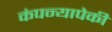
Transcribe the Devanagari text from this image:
कंपन्यापेकी